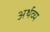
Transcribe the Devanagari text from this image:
अर्थव्य